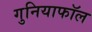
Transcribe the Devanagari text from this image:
गुनियाफॉल